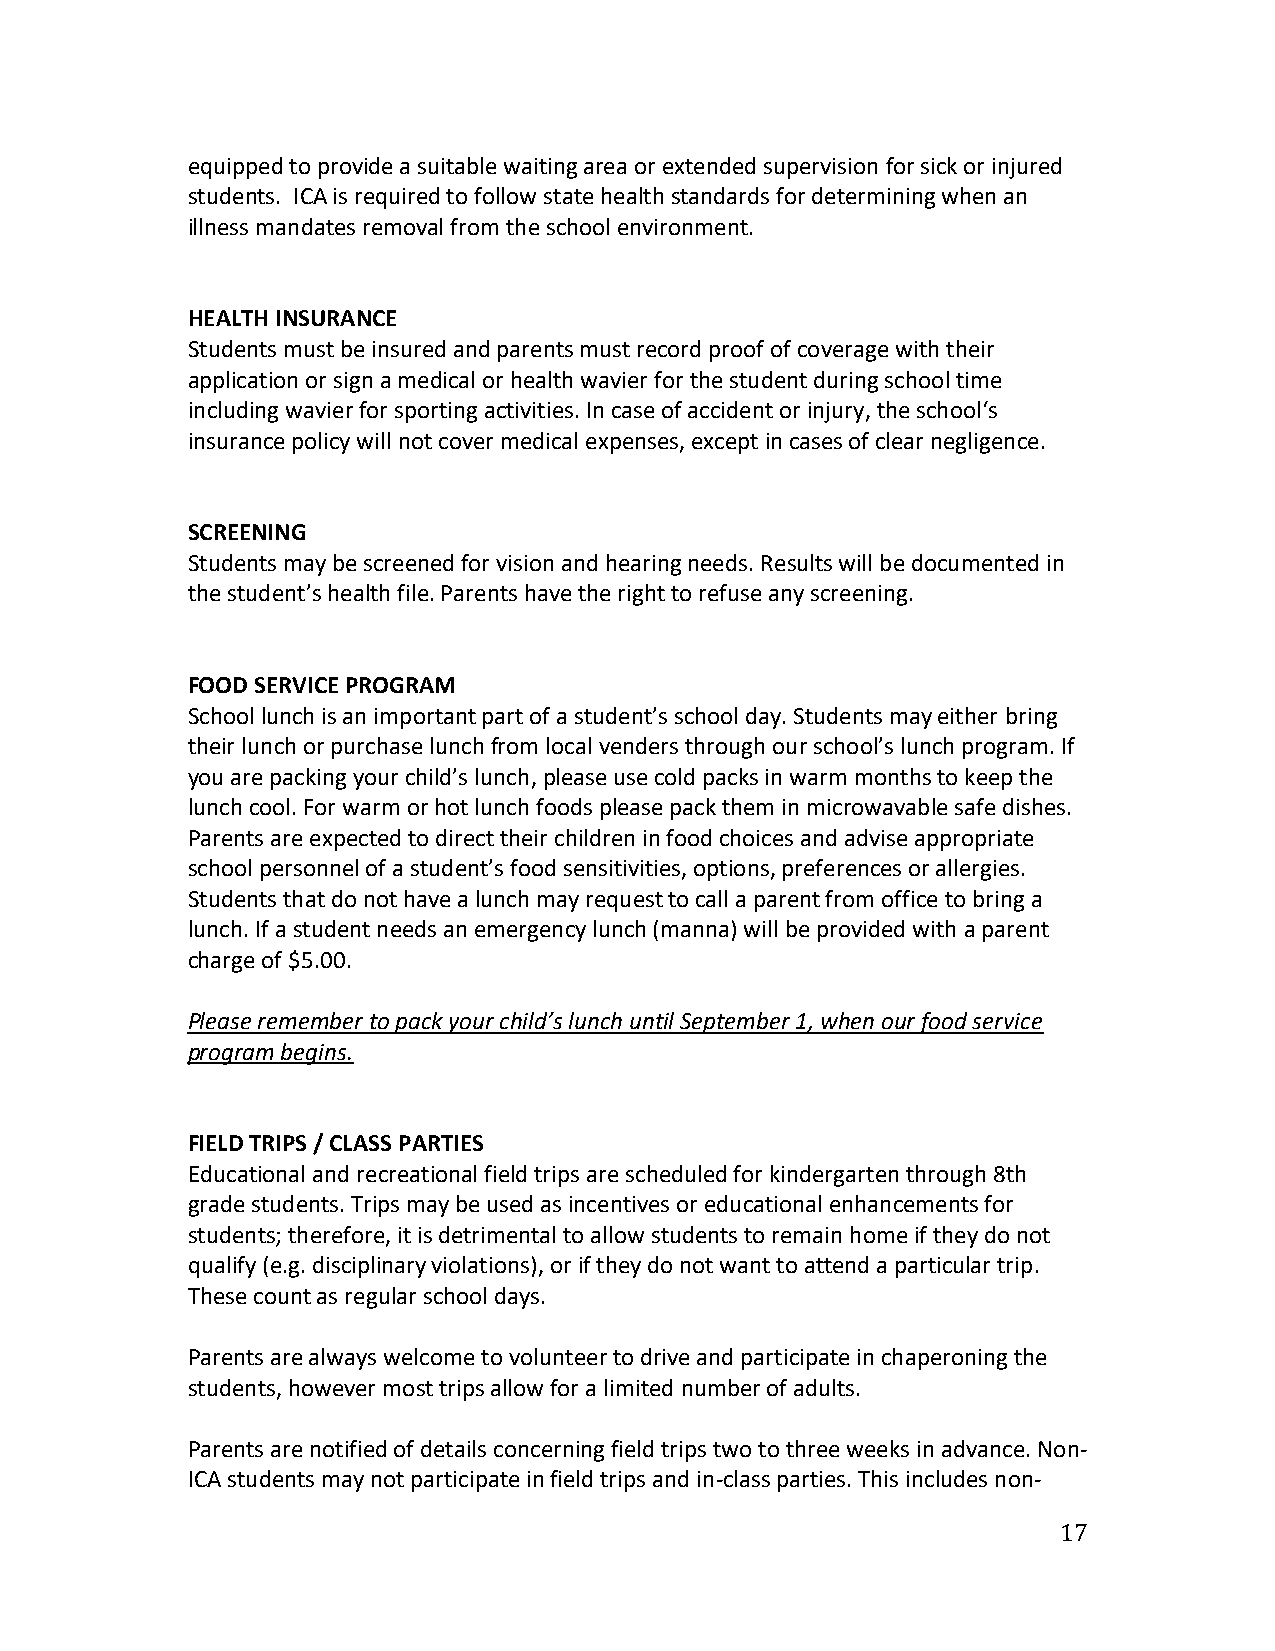
equipped to provide a suitable waiting area or extended supervision for sick or injured
 students. ICA is required to follow state health standards for determining when an
 illness mandates removal from the school environment.
 HEALTH INSURANCE
 Students must be insured and parents must record proof of coverage with their
 application or sign a medical or health wavier for the student during school time
 including wavier for sporting activities. In case of accident or injury, the school‘s
 insurance policy will not cover medical expenses, except in cases of clear negligence.
 SCREENING
 Students may be screened for vision and hearing needs. Results will be documented in
 the student’s health file. Parents have the right to refuse any screening.
 FOOD SERVICE PROGRAM
 School lunch is an important part of a student’s school day. Students may either bring
 their lunch or purchase lunch from local venders through our school’s lunch program. If
 you are packing your child’s lunch, please use cold packs in warm months to keep the
 lunch cool. For warm or hot lunch foods please pack them in microwavable safe dishes.
 Parents are expected to direct their children in food choices and advise appropriate
 school personnel of a student’s food sensitivities, options, preferences or allergies.
 Students that do not have a lunch may request to call a parent from office to bring a
 lunch. If a student needs an emergency lunch (manna) will be provided with a parent
 charge of $5.00.
 Please remember to pack your child’s lunch until September 1, when our food service
 program begins.
 FIELD TRIPS / CLASS PARTIES
 Educational and recreational field trips are scheduled for kindergarten through 8th
 grade students. Trips may be used as incentives or educational enhancements for
 students; therefore, it is detrimental to allow students to remain home if they do not
 qualify (e.g. disciplinary violations), or if they do not want to attend a particular trip.
 These count as regular school days.
 Parents are always welcome to volunteer to drive and participate in chaperoning the
 students, however most trips allow for a limited number of adults.
 Parents are notified of details concerning field trips two to three weeks in advance. Non-
 ICA students may not participate in field trips and in-class parties. This includes non-
 17